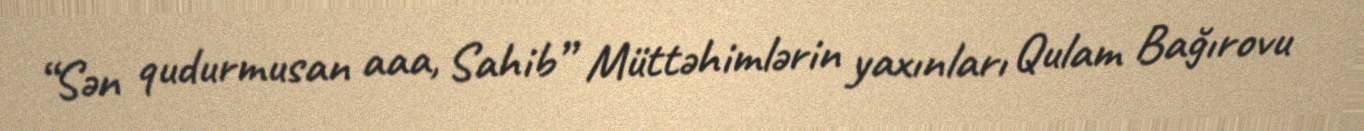
“Sən qudurmusan aaa, Sahib” Müttəhimlərin yaxınları Qulam Bağırovu